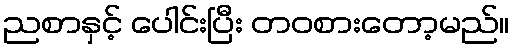
ညစာနှင့် ပေါင်းပြီး တဝစားတော့မည်။